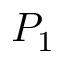
P _ { 1 }